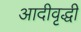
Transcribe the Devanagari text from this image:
आदीवृद्धी